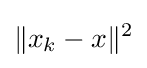
{\|x_{k}-x\|^{2}}